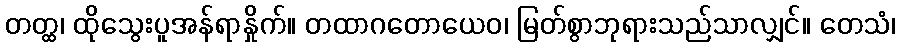
တတ္ထ၊ ထိုသွေးပူအန်ရာနှိုက်။ တထာဂတောယေဝ၊ မြတ်စွာဘုရားသည်သာလျှင်။ တေသံ၊